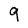
Character: q